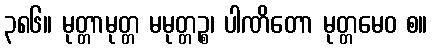
၃၈၆။ မုတ္တာမုတ္တ မမုတ္တဉ္စ၊ ပါဏိတော မုတ္တမေဝ စ။